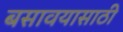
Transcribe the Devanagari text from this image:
बसावयासाठी